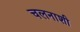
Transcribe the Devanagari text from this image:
चलनाशी